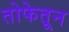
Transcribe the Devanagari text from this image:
तोफेतून